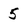
Character: 5